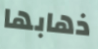
ذهابها